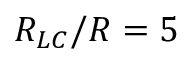
R _ { L C } / R = 5